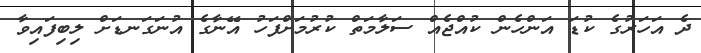
ދެ އަހަރުގެ ކުޑަ އަންހެން ކުއްޖެއް ސަލާމަތް ކުރުމަށްފަހު އޭނާގެ އުނަގަނޑަށް ލިބިފައިވާ